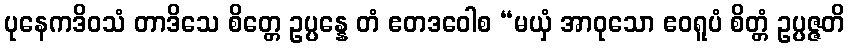
ပုနေကဒိဝသံ တာဒိသေ စိတ္တေ ဥပ္ပန္နေ တံ ဧတဒဝေါစ “မယှံ အာဝုသော ဧဝရူပံ စိတ္တံ ဥပ္ပဇ္ဇတိ